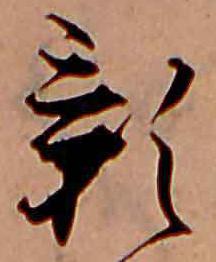
影